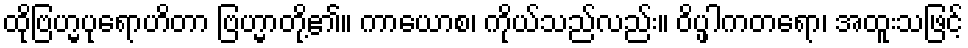
ထိုဗြဟ္မပုရောဟိတာ ဗြဟ္မာတို့၏။ ကာယောစ၊ ကိုယ်သည်လည်း။ ဝိပ္ဖါကတရော၊ အထူးသဖြင့်